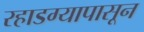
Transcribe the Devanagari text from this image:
रहाडग्यापासून